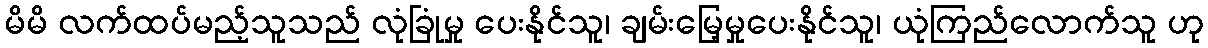
မိမိ လက်ထပ်မည့်သူသည် လုံခြုံမှု ပေးနိုင်သူ၊ ချမ်းမြေ့မှုပေးနိုင်သူ၊ ယုံကြည်လောက်သူ ဟု